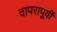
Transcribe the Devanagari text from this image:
वापरापूर्वी